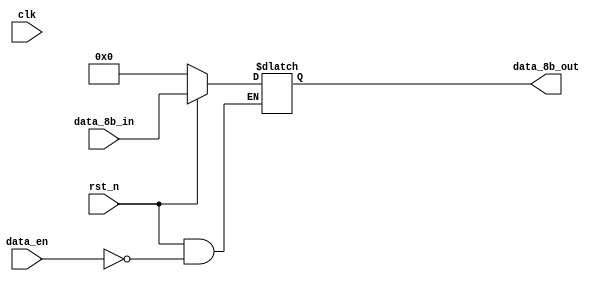
module latch_8bit(
    input           clk,
    input           rst_n,
    input [7:0]     data_8b_in,
    input           data_en,
    output [7:0]    data_8b_out
);

    always @ (rst_n or data_en or data_8b_in) begin
        if (!rst_n) begin
            data_8b_out <= 8'h00;
        end
        else begin
            if (data_en) begin
                data_8b_out <= data_8b_in;
            end
            else data_8b_out <= data_8b_out;
        end
    end

endmodule